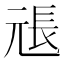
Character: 𭀫